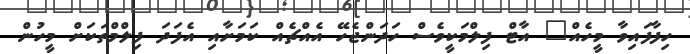
ހިފާފައިވާ މީހެއް" އާޓް ފިލްމަކީވެސް ހަދަންޖެހޭ އެއްޗެއް ކަމަށާއި އެފަދަ ފިލްމްތަކަށް މީހުން